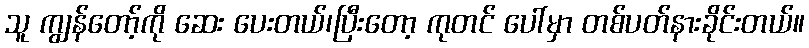
သူ ကျွန်တော့်ကို ဆေး ပေးတယ်၊ပြီးတော့ ကုတင် ပေါ်မှာ တစ်ပတ်နားခိုင်းတယ်။